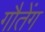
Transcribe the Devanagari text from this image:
गौतेंग